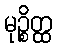
မုဉ္စိတ္ထ